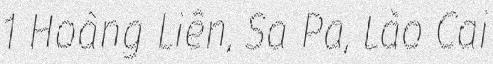
1 Hoàng Liên, Sa Pa, Lào Cai